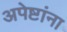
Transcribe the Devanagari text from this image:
अपेष्टांना